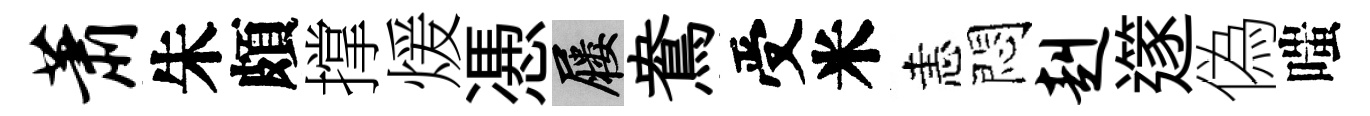
萧朱頗撑煖慿屨鴦受米恚悶赳𨗹偽嗤